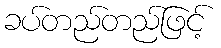
ခပ်တည်တည်ဖြင့်